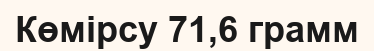
Көмірсу 71,6 грамм